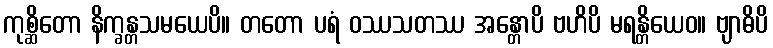
ကုစ္ဆိတော နိက္ခန္တသမယေပိ။ တတော ပရံ ဝဿသတဿ အန္တောပိ ဗဟိပိ မရန္တိယေဝ။ ဗျာဓိပိ